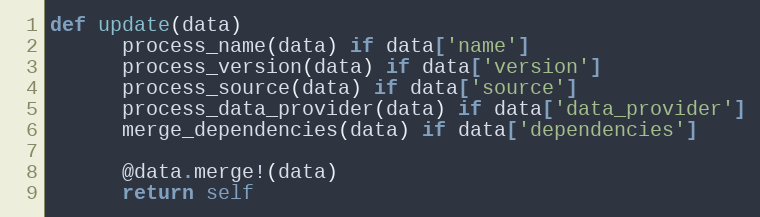
Language: Ruby
def update(data)
      process_name(data) if data['name']
      process_version(data) if data['version']
      process_source(data) if data['source']
      process_data_provider(data) if data['data_provider']
      merge_dependencies(data) if data['dependencies']

      @data.merge!(data)
      return self